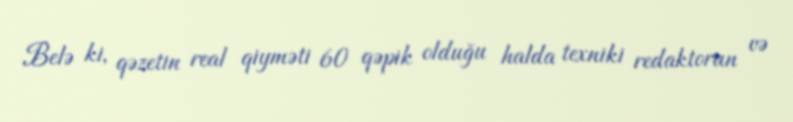
Belə ki, qəzetin real qiyməti 60 qəpik olduğu halda texniki redaktorun və